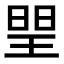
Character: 𤦉